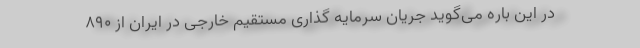
در این باره می‌گوید جریان سرمایه گذاری مستقیم خارجی در ایران از 890